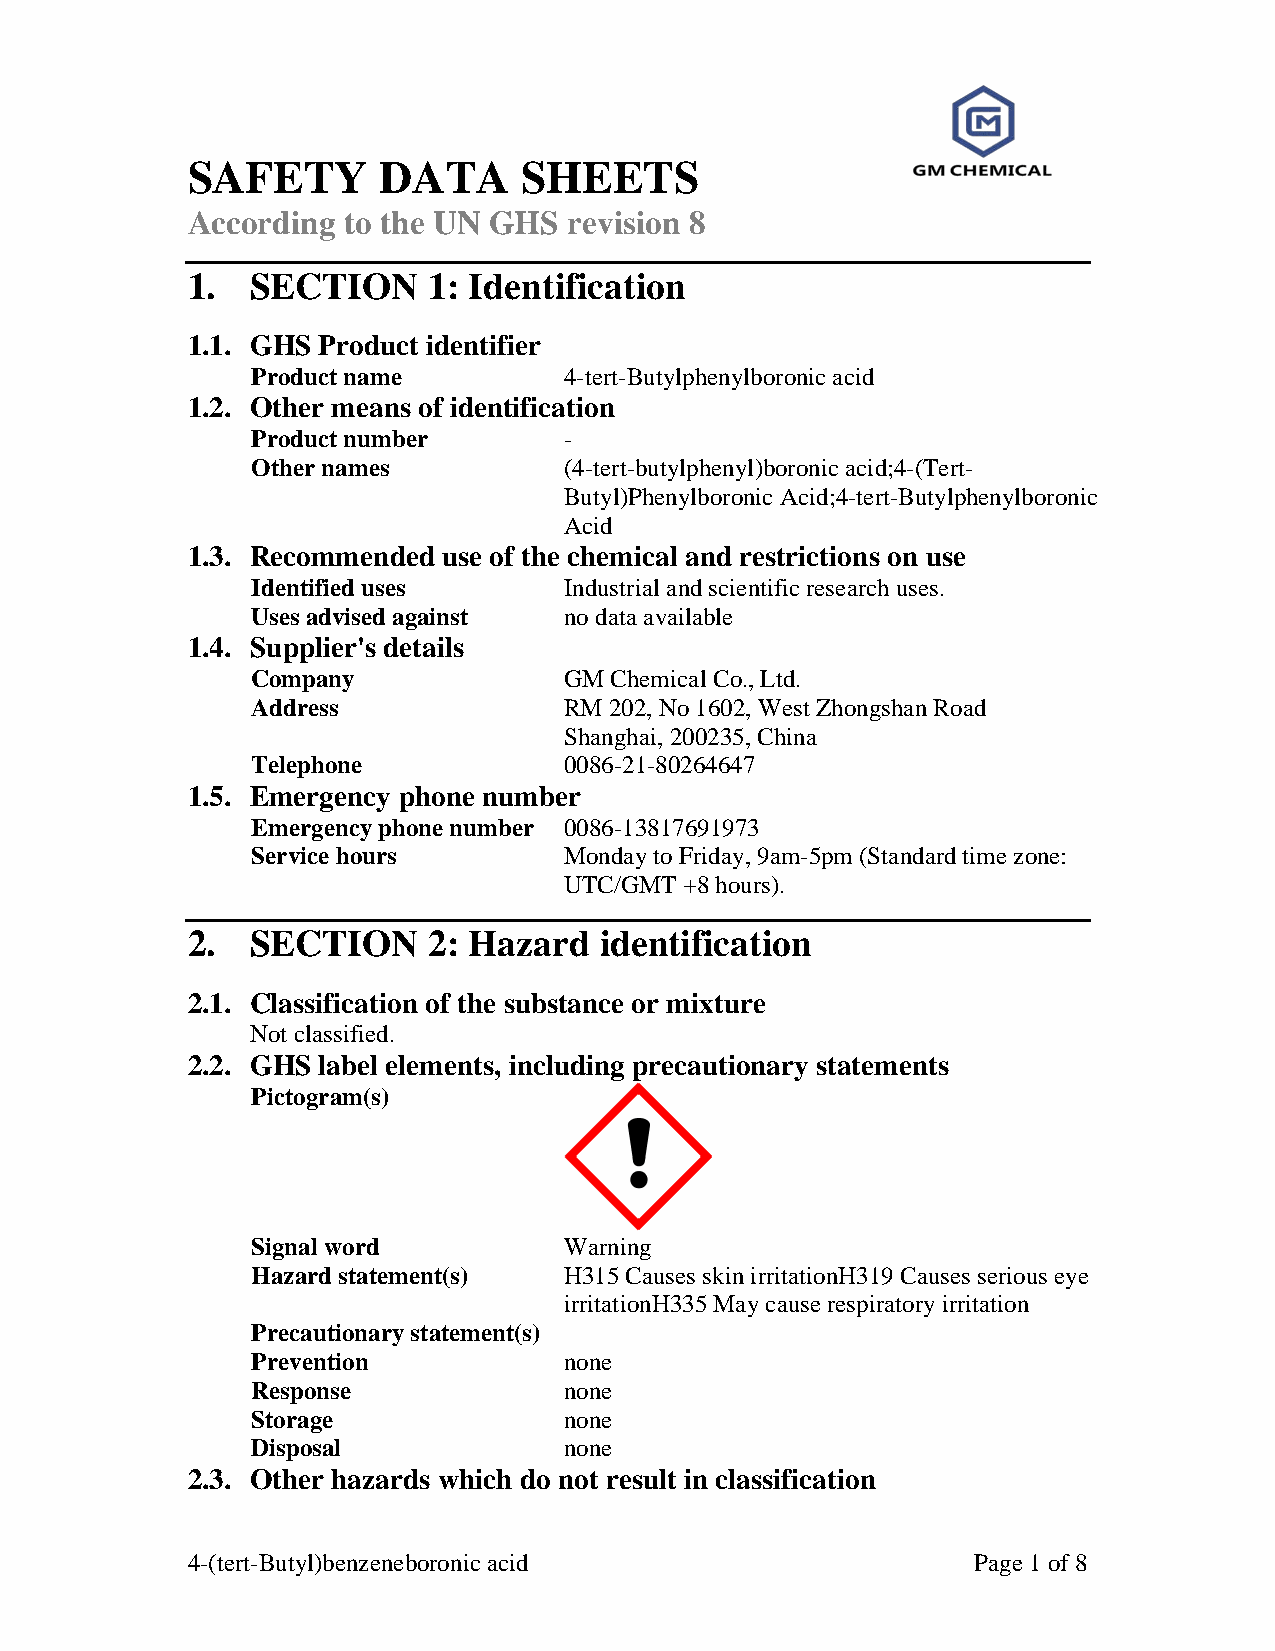
SAFETY       DATA     SHEETS
 According  to the UN GHS  revision 8
 1.   SECTION    1: Identification
 1.1. GHS Product identifier
 Product name        4-tert-Butylphenylboronic acid
 1.2. Other means of identification
 Product number      -
 Other names         (4-tert-butylphenyl)boronic acid;4-(Tert-
 Butyl)Phenylboronic Acid;4-tert-Butylphenylboronic
 Acid
 1.3. Recommended use of the chemical and restrictions on use
 Identified uses     Industrial and scientific research uses.
 Uses advised against no data available
 1.4. Supplier's details
 Company             GM Chemical Co., Ltd.
 Address             RM 202, No 1602, West Zhongshan Road
 Shanghai, 200235, China
 Telephone           0086-21-80264647
 1.5. Emergency phone number
 Emergency phone number 0086-13817691973
 Service hours       Monday to Friday, 9am-5pm (Standard time zone:
 UTC/GMT +8 hours).
 2.   SECTION    2: Hazard   identification
 2.1. Classification of the substance or mixture
 Not classified.
 2.2. GHS label elements, including precautionary statements
 Pictogram(s)
 Signal word         Warning
 Hazard statement(s) H315 Causes skin irritationH319 Causes serious eye
 irritationH335 May cause respiratory irritation
 Precautionary statement(s)
 Prevention          none
 Response            none
 Storage             none
 Disposal            none
 2.3. Other hazards which do not result in classification
 4-(tert-Butyl)benzeneboronic acid                   Page 1 of 8